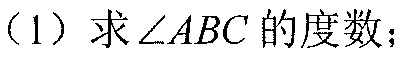
(1) 求\(\angle ABC\) 的度数；